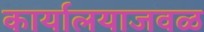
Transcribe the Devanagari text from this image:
कार्यालयाजवळ